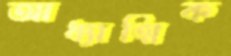
আধ্যাত্মিক